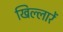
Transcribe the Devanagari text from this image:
खिल्लारें